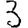
Digit: 3